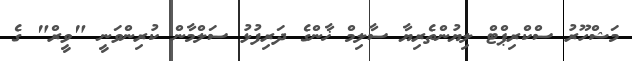
މަޝްހޫރު ސްކްރިޕްޓް ލިޔުންތެރިޔާ ސާލިމް ޚާންގެ ދަރިފުޅު ސަލްމާން ކުރިންވަނީ "ވީރް" ގެ